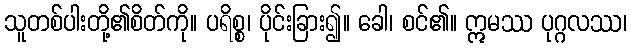
သူတစ်ပါးတို့၏စိတ်ကို။ ပရိစ္စ၊ ပိုင်းခြား၍။ ခေါ၊ စင်၏။ ဣမဿ ပုဂ္ဂလဿ၊